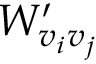
W _ { v _ { i } v _ { j } } ^ { \prime }